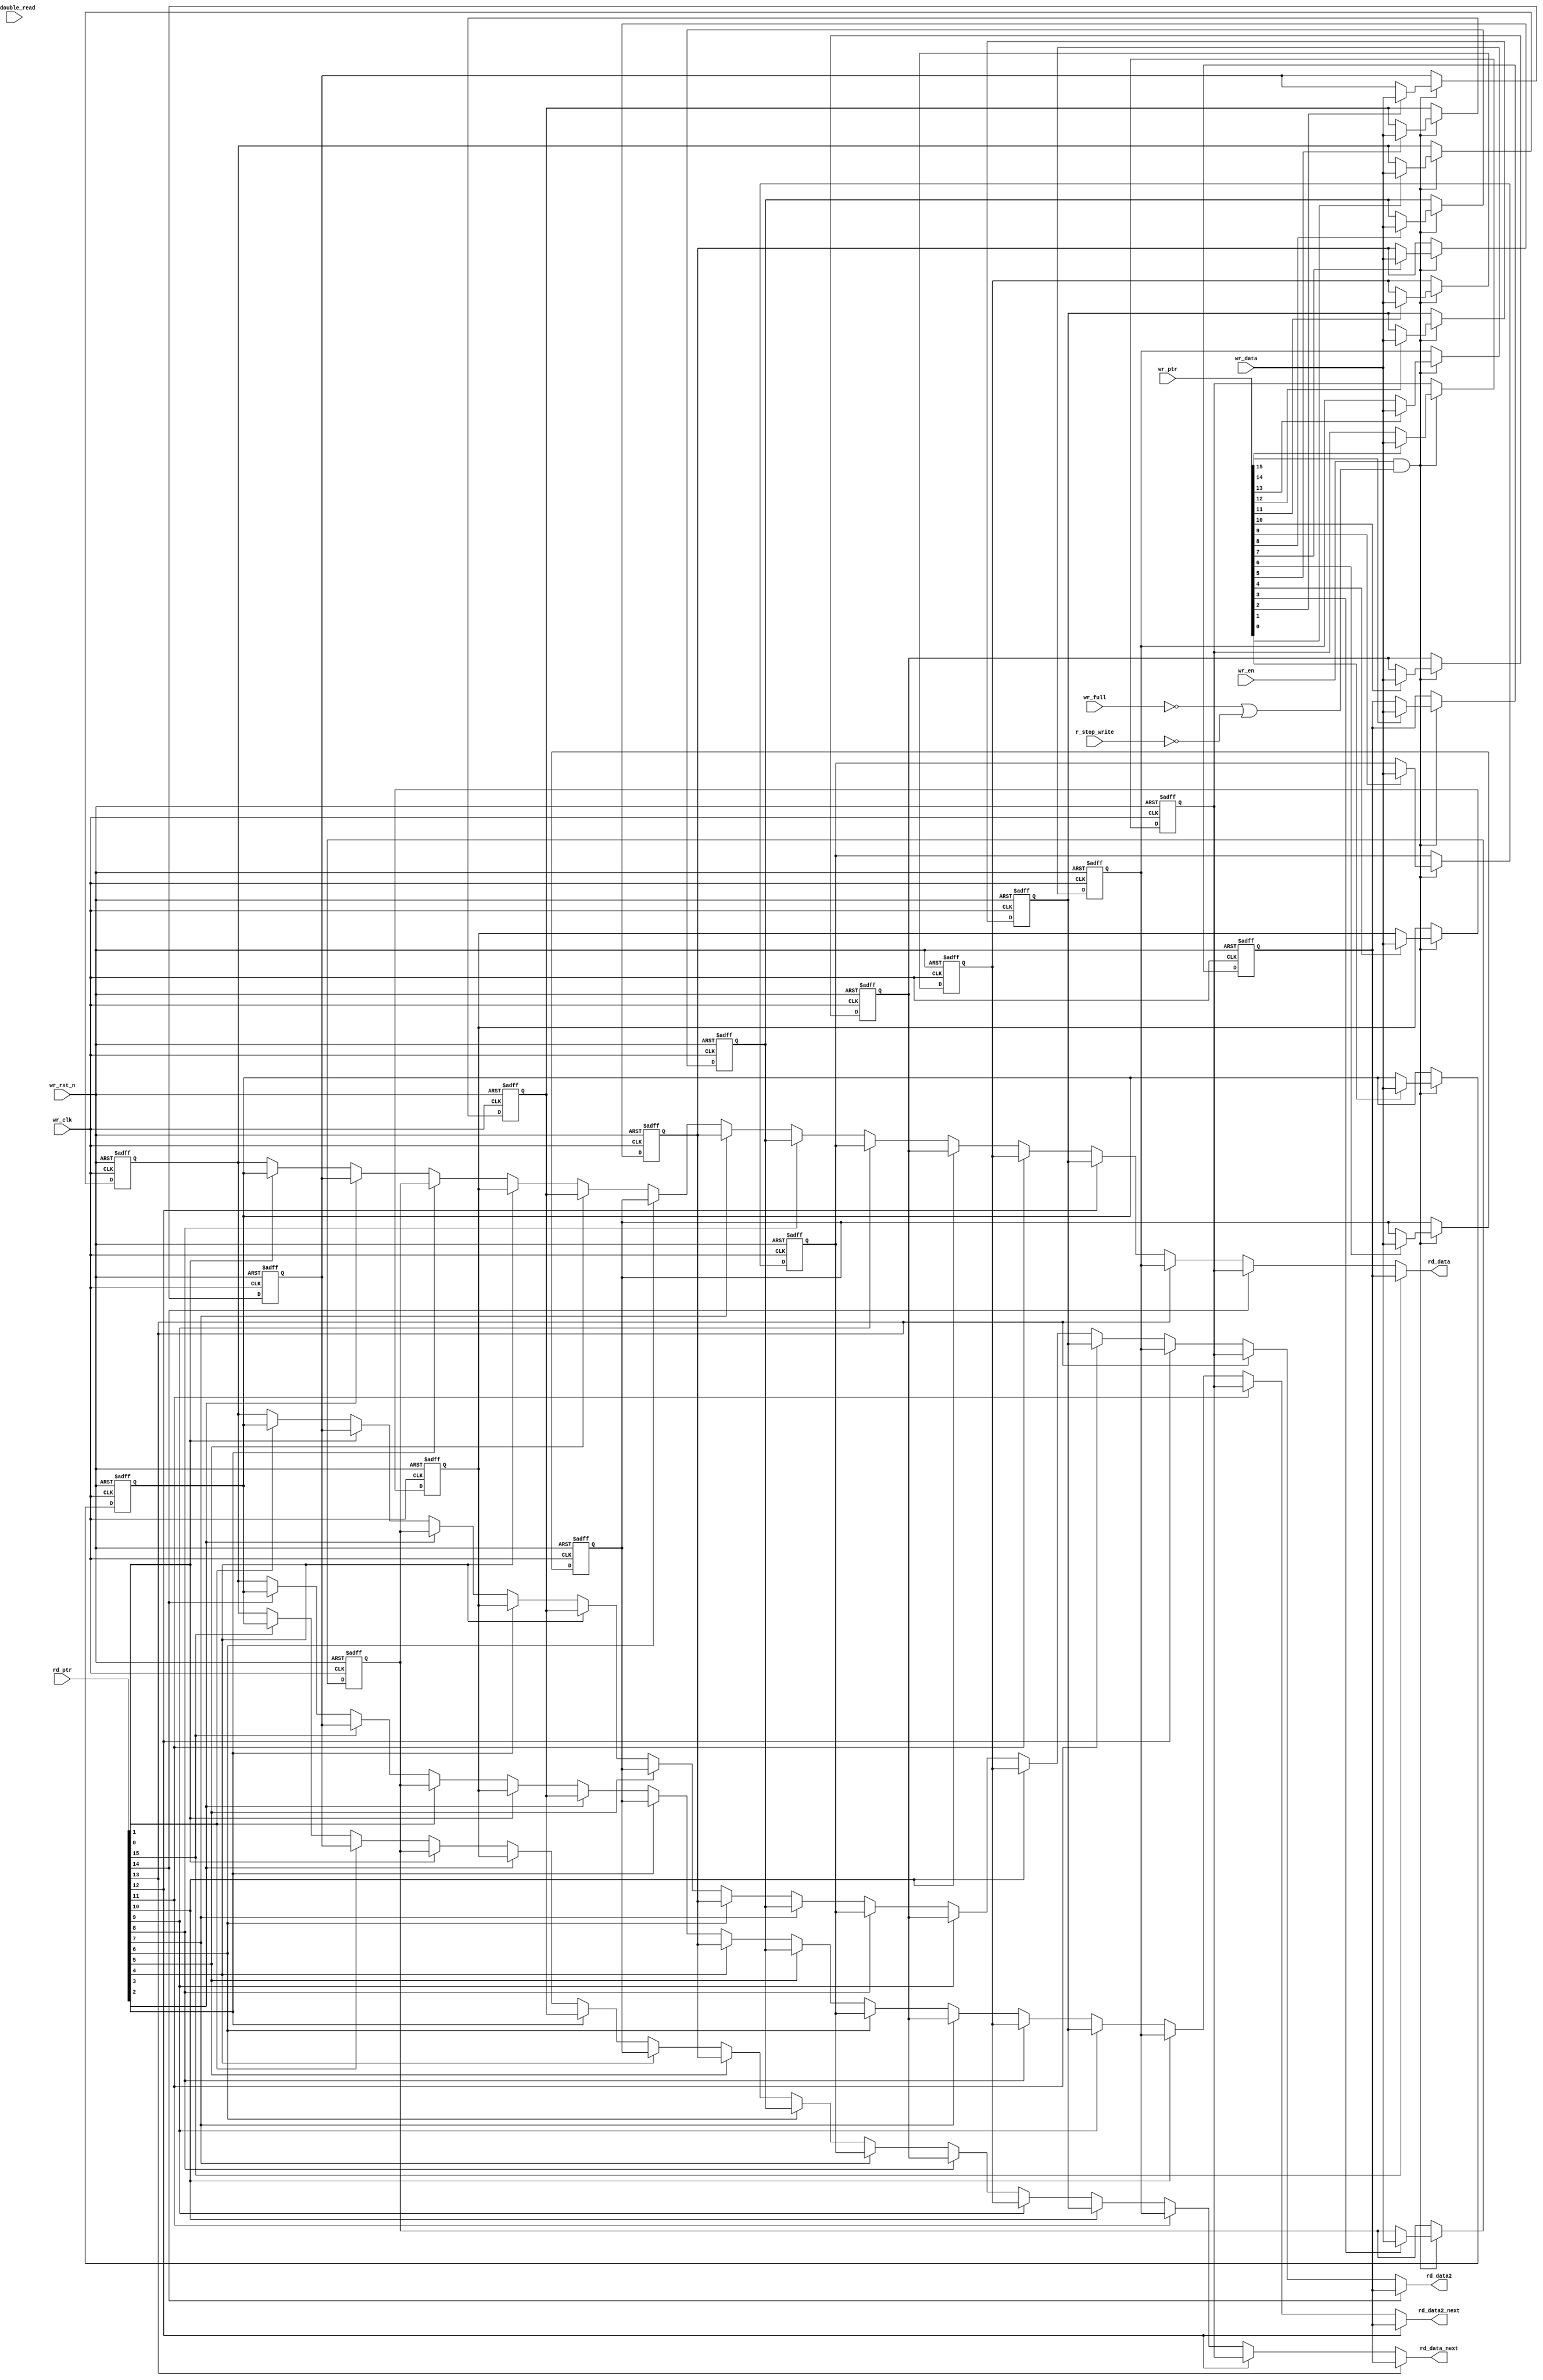
// This program was cloned from: https://github.com/intel/aib-phy-hardware
// License: Apache License 2.0

// SPDX-License-Identifier: Apache-2.0
// Copyright (C) 2019 Intel Corporation. All rights reserved
module hdpldadapt_rx_datapath_fifo_ram
  #(
    parameter DWIDTH = 'd40,             // FIFO Input data width 
    parameter DEPTH  = 'd16              // FIFO Depth 
    )
(
    input  wire              r_double_read,	// Read from 2 consecutive locations
    input  wire		     r_stop_write, // Disable/enable writing when FIFO is full    
    input  wire              wr_clk,     // Write Domain Clock
    input  wire		     wr_rst_n,   // Write Domain Reset 
    input  wire		     wr_full,
    input  wire              wr_en,      // Write Data Enable
    input  wire [DEPTH-1:0] wr_ptr,     // Write Pointer
    input  wire [DWIDTH-1:0] wr_data,    // Write Data In
    input  wire [DEPTH-1:0] rd_ptr,     // Read Pointer
    output reg  [DWIDTH-1:0] rd_data,   // Read Data
    output reg  [DWIDTH-1:0] rd_data2,    // Read Data
    output reg  [DWIDTH-1:0] rd_data_next,   // Read Data
    output reg  [DWIDTH-1:0] rd_data2_next    // Read Data

);

   //********************************************************************
   // Infer Memory or use Dual Port Memory from Quartus/ASIC Memory
   //********************************************************************

   wire 	[DEPTH-1:0]	rd_ptr2;   
   wire 	[DEPTH-1:0]	rd_ptr_next;   
   wire 	[DEPTH-1:0]	rd_ptr2_next;   
   integer		m;
   integer		i, j;
//   reg [DWIDTH-1:0]          fifo_mem [((1<<AWIDTH)-1):0];
   reg [DWIDTH-1:0]          fifo_mem [DEPTH-1:0];
   
   always @(negedge wr_rst_n or posedge wr_clk) begin
      if (~wr_rst_n) begin
         for (m='d0; m<=(DEPTH-1'b1); m=m+1'b1)
            fifo_mem[m] <= 'd0;	
      end 
      else if (wr_en &&  (~wr_full||~r_stop_write)) begin
         for (m='d0; m<=(DEPTH-1'b1); m=m+1'b1) begin
           if (wr_ptr[m]) begin
             fifo_mem[m] <= wr_data;
             end  
         end   
      end
   end

   assign rd_ptr2 = {rd_ptr[DEPTH-2:0], rd_ptr[DEPTH-1]};   

   assign rd_ptr_next = {rd_ptr[DEPTH-3:0], rd_ptr[DEPTH-1:DEPTH-2]};   

   assign rd_ptr2_next = {rd_ptr[DEPTH-4:0], rd_ptr[DEPTH-1:DEPTH-3]};   
   
   always @ *
   begin: data_out 
     rd_data = fifo_mem[0];
     for (i='d0; i<=(DEPTH-1'b1); i=i+1'b1) begin
       if (rd_ptr[i]) begin
         rd_data = fifo_mem[i];
       end       
     end   
      end 
      
      always @ *
      begin: data_out2 
        rd_data2 = fifo_mem[0];
     for (j='d0; j<=(DEPTH-1'b1); j=j+1'b1) begin
          if (rd_ptr2[j]) begin
            rd_data2 = fifo_mem[j];
       end       
     end   
   end 

      always @ *
      begin: data_out_next 
        rd_data_next = fifo_mem[0];
     for (j='d0; j<=(DEPTH-1'b1); j=j+1'b1) begin
          if (rd_ptr_next[j]) begin
            rd_data_next = fifo_mem[j];
       end       
     end   
   end 

      always @ *
      begin: data_out2_next 
        rd_data2_next = fifo_mem[0];
     for (j='d0; j<=(DEPTH-1'b1); j=j+1'b1) begin
          if (rd_ptr2_next[j]) begin
            rd_data2_next = fifo_mem[j];
       end       
     end   
   end 

   
endmodule